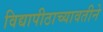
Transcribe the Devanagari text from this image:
विद्यापीठाच्यावतीने